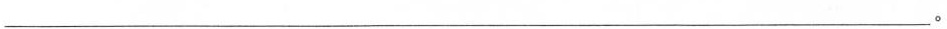
___。